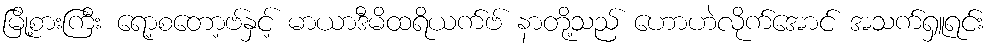
မြို့စားကြီး ရော့စတော့ဗ်နှင့် မာယာဒီမိထရိယက်ဗ် နာတို့သည် ဟောဟဲလိုက်အောင် အသက်ရှူရင်း